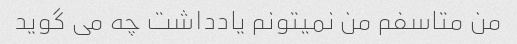
من متاسفم من نمیتونم یادداشت چه می گوید